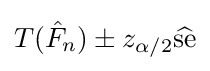
T({\hat {F}}_{n})\pm z_{\alpha /2}{\widehat {\text{se}}}